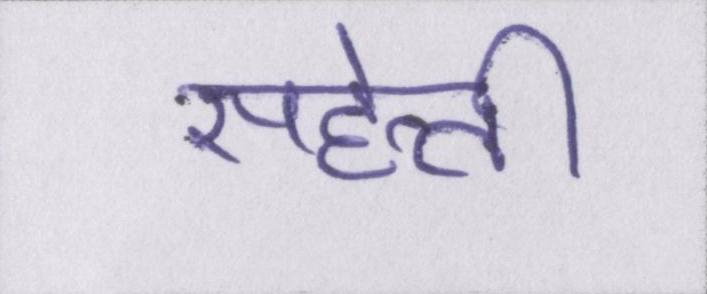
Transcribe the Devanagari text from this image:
सहेली